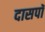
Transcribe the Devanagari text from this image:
दासपॉ